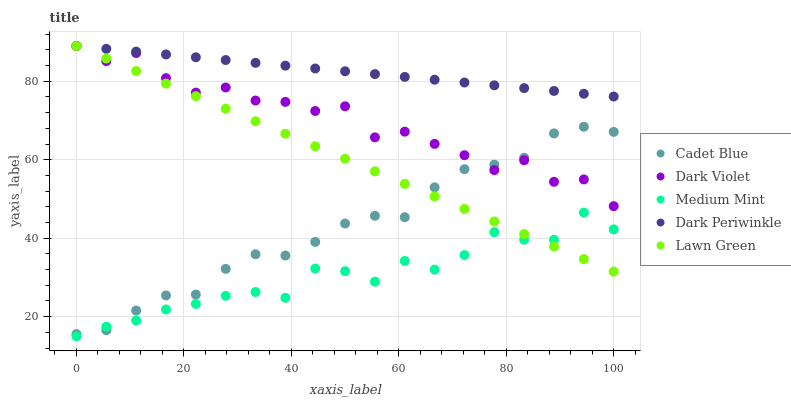
| xaxis_label | Cadet Blue | Dark Violet | Medium Mint | Dark Periwinkle | Lawn Green |
 | --- | --- | --- | --- | --- | --- |
 | 0 | 15.6 | 89 | 15 | 89 | 89 |
 | 5.56 | 16.6 | 85.2 | 17.4 | 88.3 | 85.8 |
 | 11.1 | 21.6 | 87.2 | 19 | 87.6 | 82.6 |
 | 16.7 | 25.4 | 80.8 | 21.8 | 86.9 | 79.4 |
 | 22.2 | 25.6 | 77.1 | 23.2 | 86.1 | 76.2 |
 | 27.8 | 32.2 | 78.4 | 25.3 | 85.4 | 73 |
 | 33.3 | 35.9 | 75.1 | 26.3 | 84.7 | 69.8 |
 | 38.9 | 35.6 | 74.8 | 24.8 | 84 | 66.6 |
 | 44.4 | 39.1 | 72.4 | 32.3 | 83.3 | 63.4 |
 | 50 | 43.7 | 73.6 | 31.6 | 82.6 | 60.2 |
 | 55.6 | 45.7 | 65.7 | 28.9 | 81.8 | 57 |
 | 61.1 | 45.4 | 67.2 | 34.2 | 81.1 | 53.8 |
 | 66.7 | 53 | 64 | 32 | 80.4 | 50.7 |
 | 72.2 | 57.6 | 61.2 | 35.7 | 79.7 | 47.5 |
 | 77.8 | 58.7 | 57.4 | 41.6 | 79 | 44.3 |
 | 83.3 | 60.5 | 59.9 | 39.6 | 78.3 | 41.1 |
 | 88.9 | 66.7 | 54.4 | 39.6 | 77.5 | 37.9 |
 | 94.4 | 68.4 | 55 | 46.5 | 76.8 | 34.7 |
 | 100 | 67.1 | 48.2 | 42.3 | 76.1 | 31.5 |